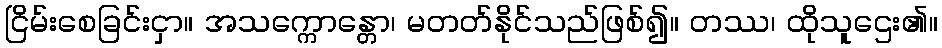
ငြိမ်းစေခြင်းငှာ။ အသက္ကောန္တော၊ မတတ်နိုင်သည်ဖြစ်၍။ တဿ၊ ထိုသူဌေး၏။